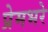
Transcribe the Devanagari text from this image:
प्रेमभरे